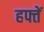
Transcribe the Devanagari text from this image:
हफ्तें